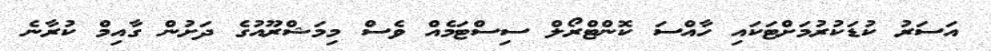
އަސަރު ކުޑަކުރުމަށްޓަކައި ހާއްސަ ކޮންޓްރޯލް ސިސްޓަމެއް ވެސް މިމަޝްރޫއުގެ ދަށުން ގާއިމް ކުރާނެ